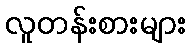
လူတန်းစားများ